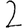
Digit: 2